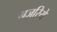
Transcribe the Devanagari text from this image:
नज़रियें